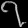
Digit: ၇